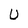
Character: U